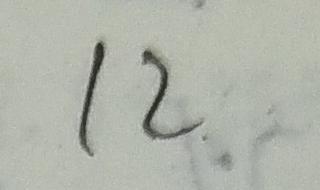
1 2